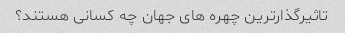
تاثیرگذارترین چهره های جهان چه کسانی هستند؟